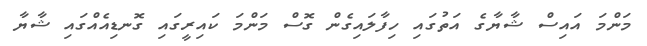
މަންމަ އައިސް ޝާޔާގެ އަތުގައި ހިފާލައިގެން ގޮސް މަންމަ ކައިރީގައި ގޮނޑިއެއްގައި ޝާޔާ